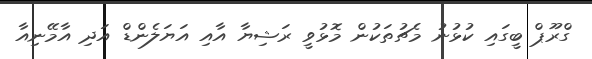
ގްރޫޕް ބީގައި ކުޅުނު މެޗުތަކުން މޮޅުވީ ރަޝިޔާ އާއި އަޔަލެންޑް އަދި އާމޭނިއާ